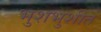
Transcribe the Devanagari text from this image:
भुशभुशीत